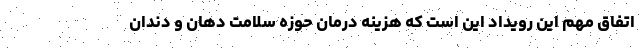
اتفاق مهم این رویداد این است که هزینه درمان حوزه سلامت دهان و دندان